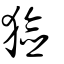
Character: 獫